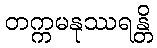
တက္ကမနုဿရန္တိ